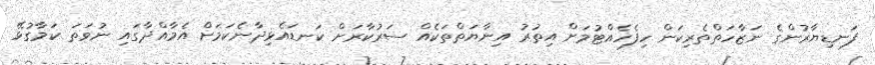
ފަނޑިޔާރުންގެ ނަޒާހަތްތެރިކަން ހިފެހެއްޓުމަށް އިތުރު އިނާޔަތްތަކެއް ސަރުކާރަށް ކަނޑައެޅިދާނެކަމަށް އެމާއްދާގައި ނުވަތަ ކަމާގުޅޭ